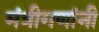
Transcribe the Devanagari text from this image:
मंत्रीगणांनी